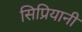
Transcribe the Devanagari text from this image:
सिप्रियानी